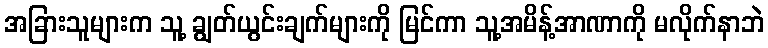
အခြားသူများက သူ့ ချွတ်ယွင်းချက်များကို မြင်ကာ သူ့အမိန့်အာဏာကို မလိုက်နာဘဲ